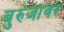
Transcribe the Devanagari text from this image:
बुरुंजावर